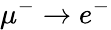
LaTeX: \mu^{-}\to e^{-}